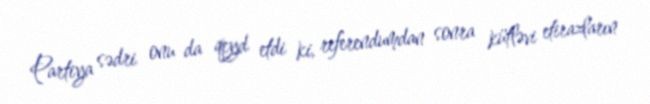
Partiya sədri onu da qeyd etdi ki, referendumdan sonra kütləvi etirazların